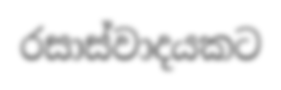
රසාස්වාදයකට